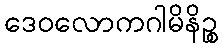
ဒေဝလောကဂါမိနိဉ္စ